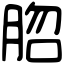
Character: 脗